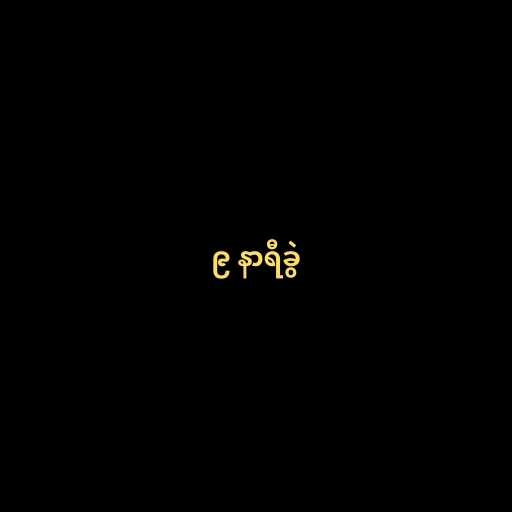
၉ နာရီခွဲ